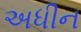
અધીન